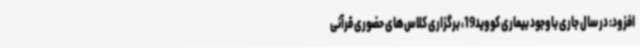
افزود: در سال جاری باوجود بیماری کووید19، برگزاری کلاس‌های حضوری قرآنی